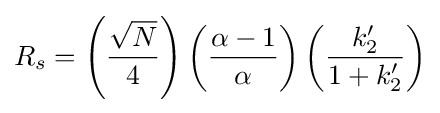
R_{s}=\left({\frac {\sqrt {N}}{4}}\right)\left({\frac {\alpha -1}{\alpha }}\right)\left({\frac {k'_{2}}{1+k'_{2}}}\right)